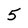
Character: 5